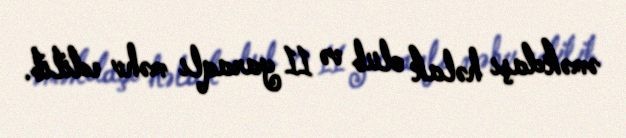
əməkdaşı həlak olub və 11 yaraqlı məhv edilib.